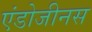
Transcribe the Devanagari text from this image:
एंडोजीनस